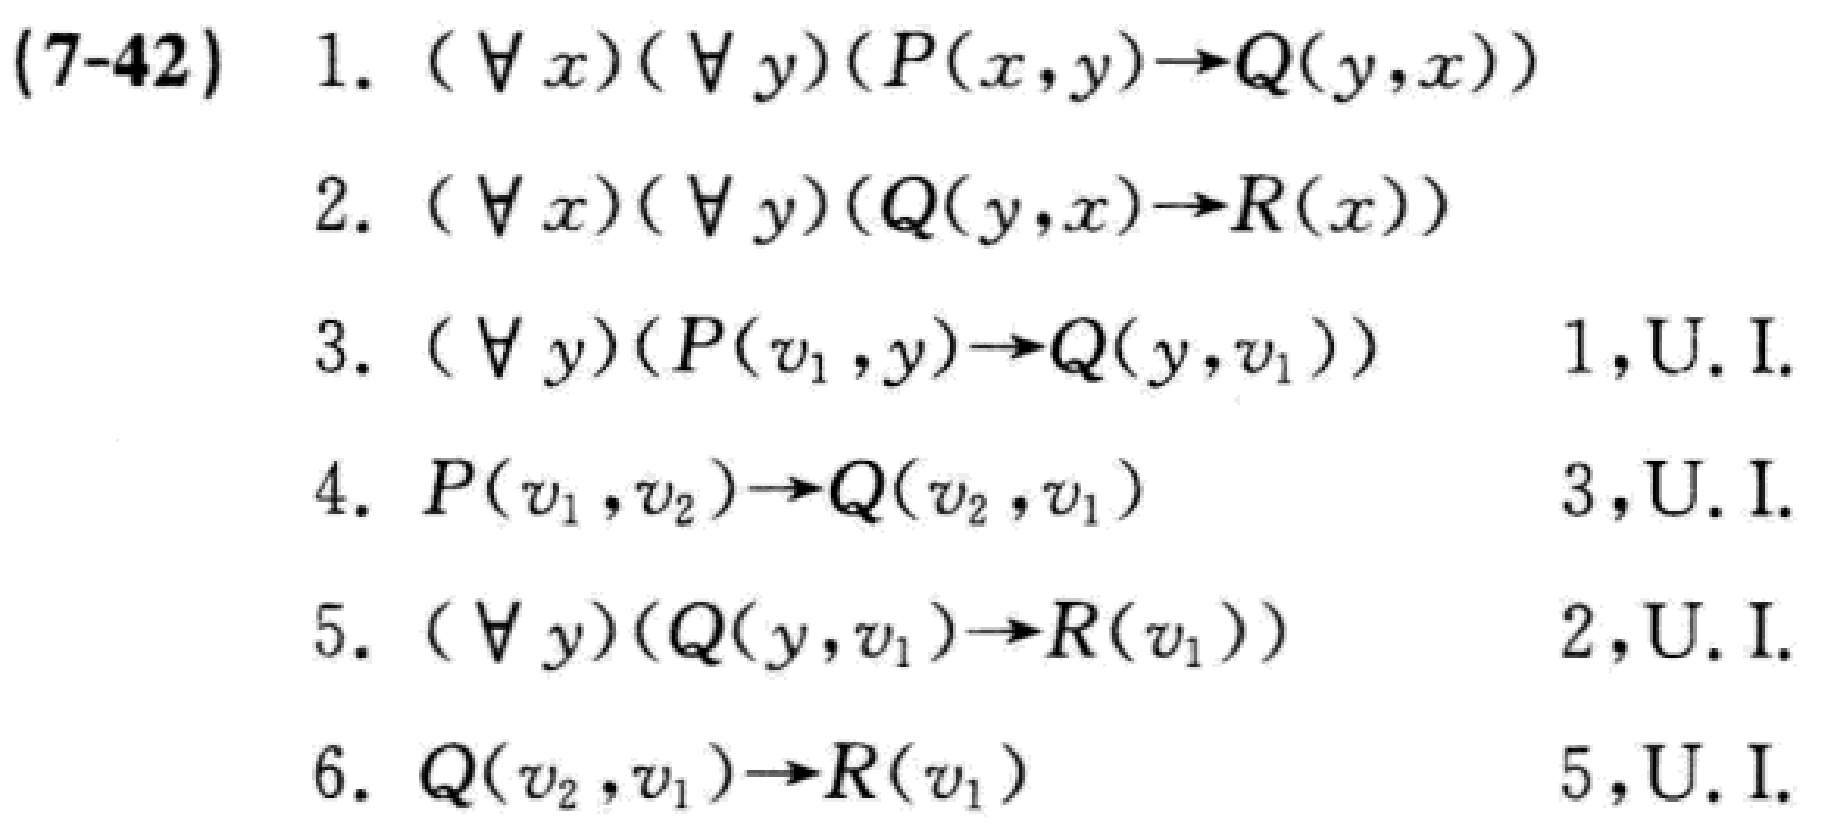
(7-42)
1. \((\forall x)(\forall y)(P(x,y)\to Q(y,x))\)
2. \((\forall x)(\forall y)(Q(y,x)\to R(x))\)
3. \((\forall y)(P(v_1,y)\to Q(y,v_1))\quad 1,\text{U.I.}\)
4. \(P(v_1,v_2)\to Q(v_2,v_1)\quad 3,\text{U.I.}\)
5. \((\forall y)(Q(y,v_1)\to R(v_1))\quad 2,\text{U.I.}\)
6. \(Q(v_2,v_1)\to R(v_1)\quad 5,\text{U.I.}\)